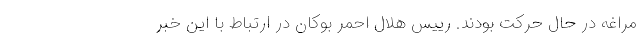
مراغه در حال حرکت بودند. رییس هلال احمر بوکان در ارتباط با این خبر